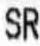
SR